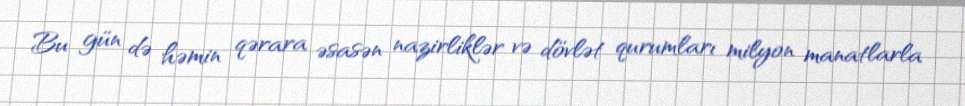
Bu gün də həmin qərara əsasən nazirliklər və dövlət qurumları milyon manatlarla